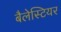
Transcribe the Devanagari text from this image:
बैलेस्टियर